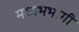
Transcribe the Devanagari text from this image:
मध्यभभागी